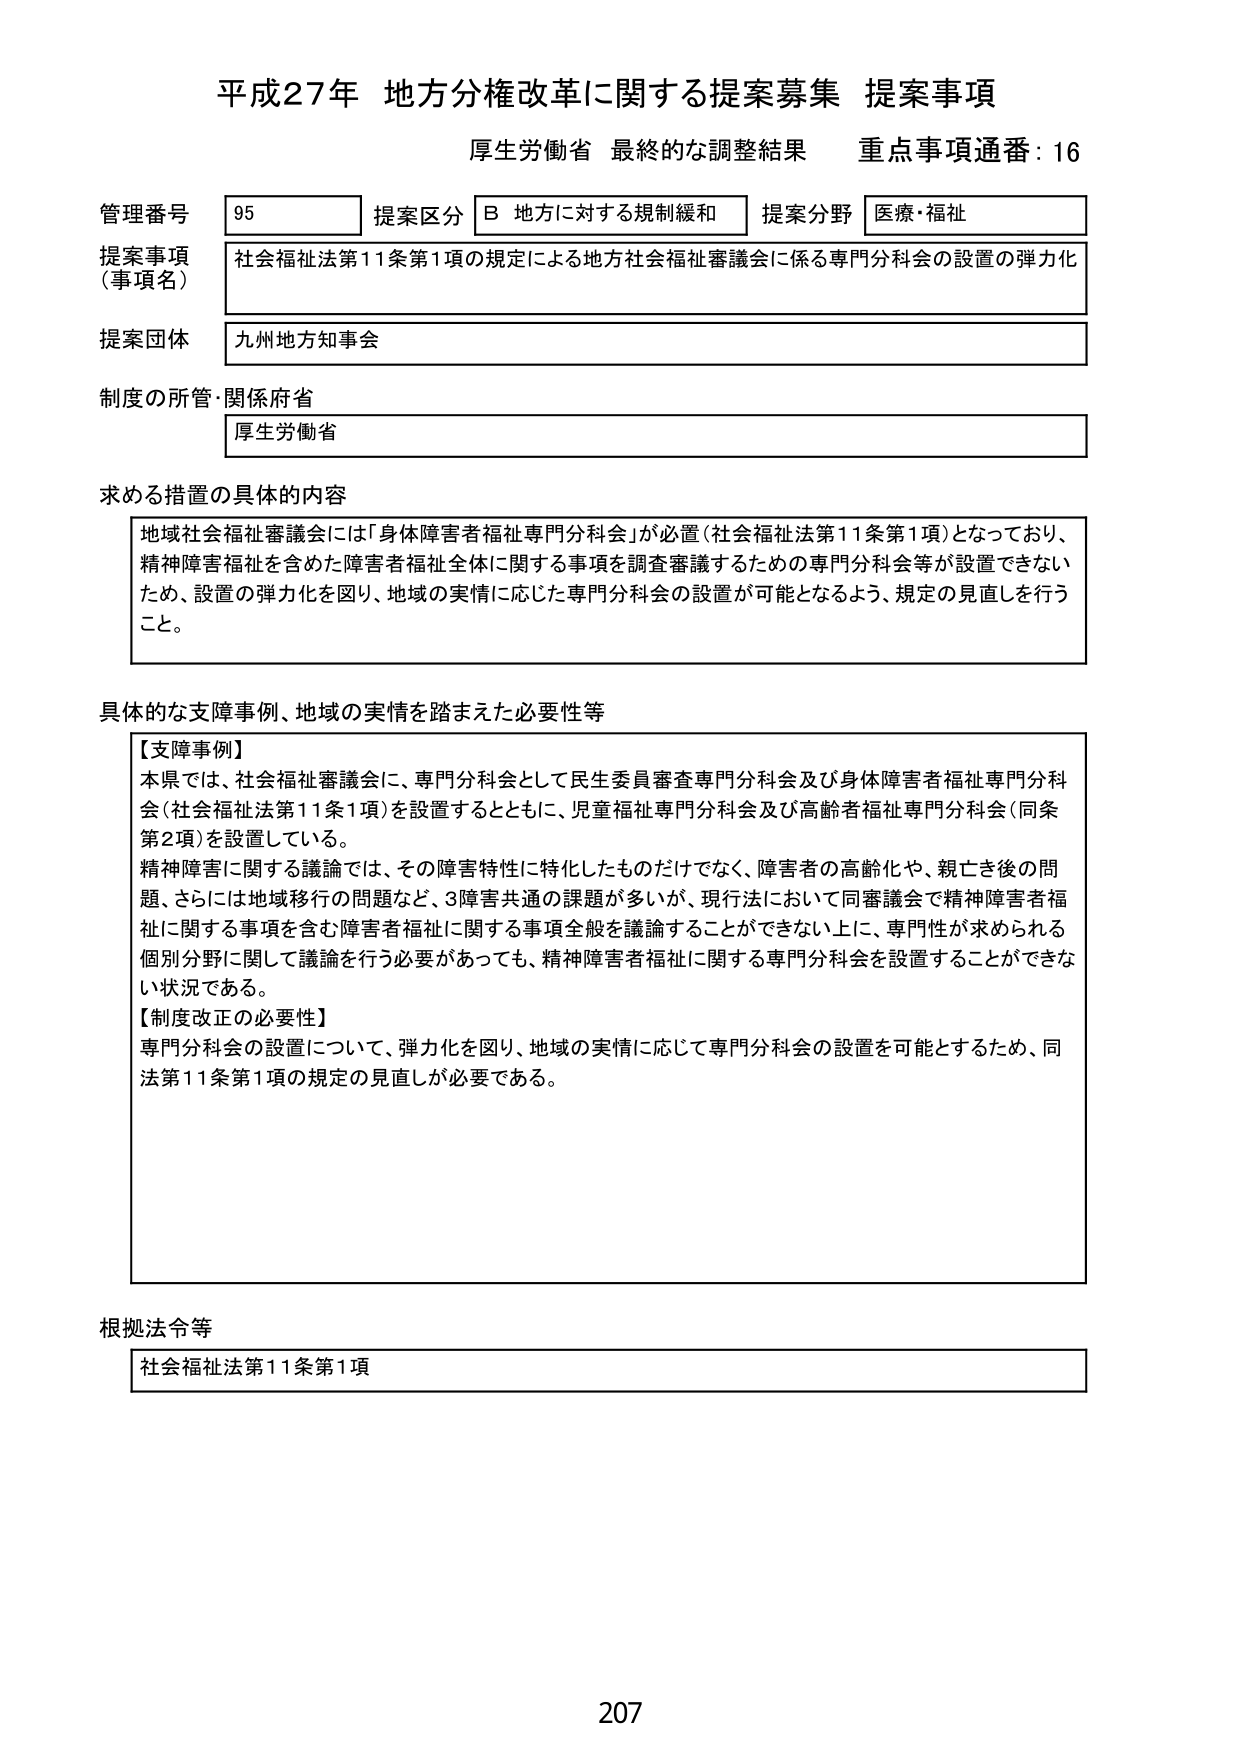
平成27年 地方分権改革に関する提案募集 提案事項
厚生労働省 最終的な調整結果 重点事項通番：16

管理番号 95 提案区分 B 地方に対する規制緩和 提案分野 医療・福祉
提案事項（事項名） 社会福祉法第11条第1項の規定による地方社会福祉審議会に係る専門分科会の設置の弾力化
提案団体 九州地方知事会
制度の所管・関係府省 厚生労働省

求める措置の具体的な内容
地域社会福祉審議会には「身体障害者福祉専門分科会」が必置（社会福祉法第11条第1項）となっており、精神障害福祉を含めた障害者福祉全体に関する事項を調査審議するための専門分科会等が設置できないため、設置の弾力化を図り、地域の実情に応じた専門分科会の設置が可能となるよう、規定の見直しを行うこと。

具体的な支障事例、地域の実情を踏まえた必要性等
【支障事例】
本県では、社会福祉審議会に、専門分科会として民生委員審査専門分科会及び身体障害者福祉専門分科会（社会福祉法第11条1項）を設置するとともに、児童福祉専門分科会及び高齢者福祉専門分科会（同条第2項）を設置している。
精神障害に関する議論では、その障害特性に特化したものだけでなく、障害者の高齢化や、親亡き後の問題、さらには地域移行の問題など、3障害共通の課題が多いが、現行法において同審議会で精神障害者福祉に関する事項を含む障害者福祉に関する事項全般を議論することができない上に、専門性が求められる個別分野に関して議論を行う必要があっても、精神障害者福祉に関する専門分科会を設置することができない状況である。
【制度改正の必要性】
専門分科会の設置について、弾力化を図り、地域の実情に応じて専門分科会の設置を可能とするため、同法第11条第1項の規定の見直しが必要である。

根拠法令等
社会福祉法第11条第1項

207